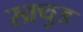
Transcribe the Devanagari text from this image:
स्क्र्युड